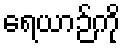
ရေယာဉ်ကို